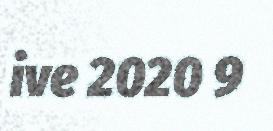
ive 2020 9